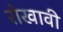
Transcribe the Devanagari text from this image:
रोखावी